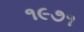
૧૯૭૧